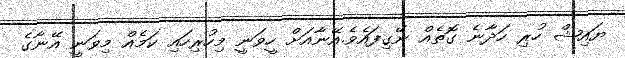
ޔައިޝް ހުރި ހަދާނެ ގޮތެއް ނޭގިފައެވެ.އޭނާއަށް ހީވަނީ މިހުރިހައި ކަމެއް މިވަނީ އޭނާގެ